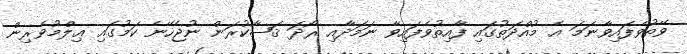
ވޭތުވެފައިވާނަމަ އެ މުއްދަތުގައި ފާއިތުވެފައިވާ ނަމަދާއި ރޯދަ ޤަޟާކުރަން ނުޖެހޭނެ ކަމުގައި ޢިލްމުވެރިން